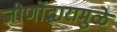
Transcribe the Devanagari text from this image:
जीर्णोद्धारामुळे